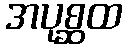
အပုစ္ဆထ